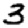
Digit: 3